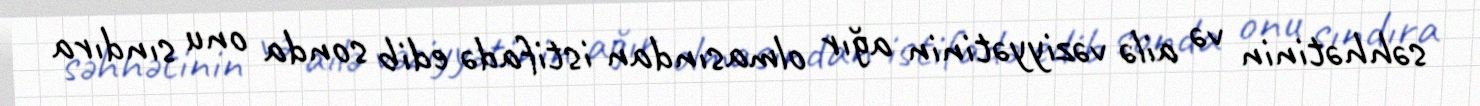
səhhətinin və ailə vəziyyətinin ağır olmasından istifadə edib sonda onu sındıra